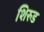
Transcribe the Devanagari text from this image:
शिरुड